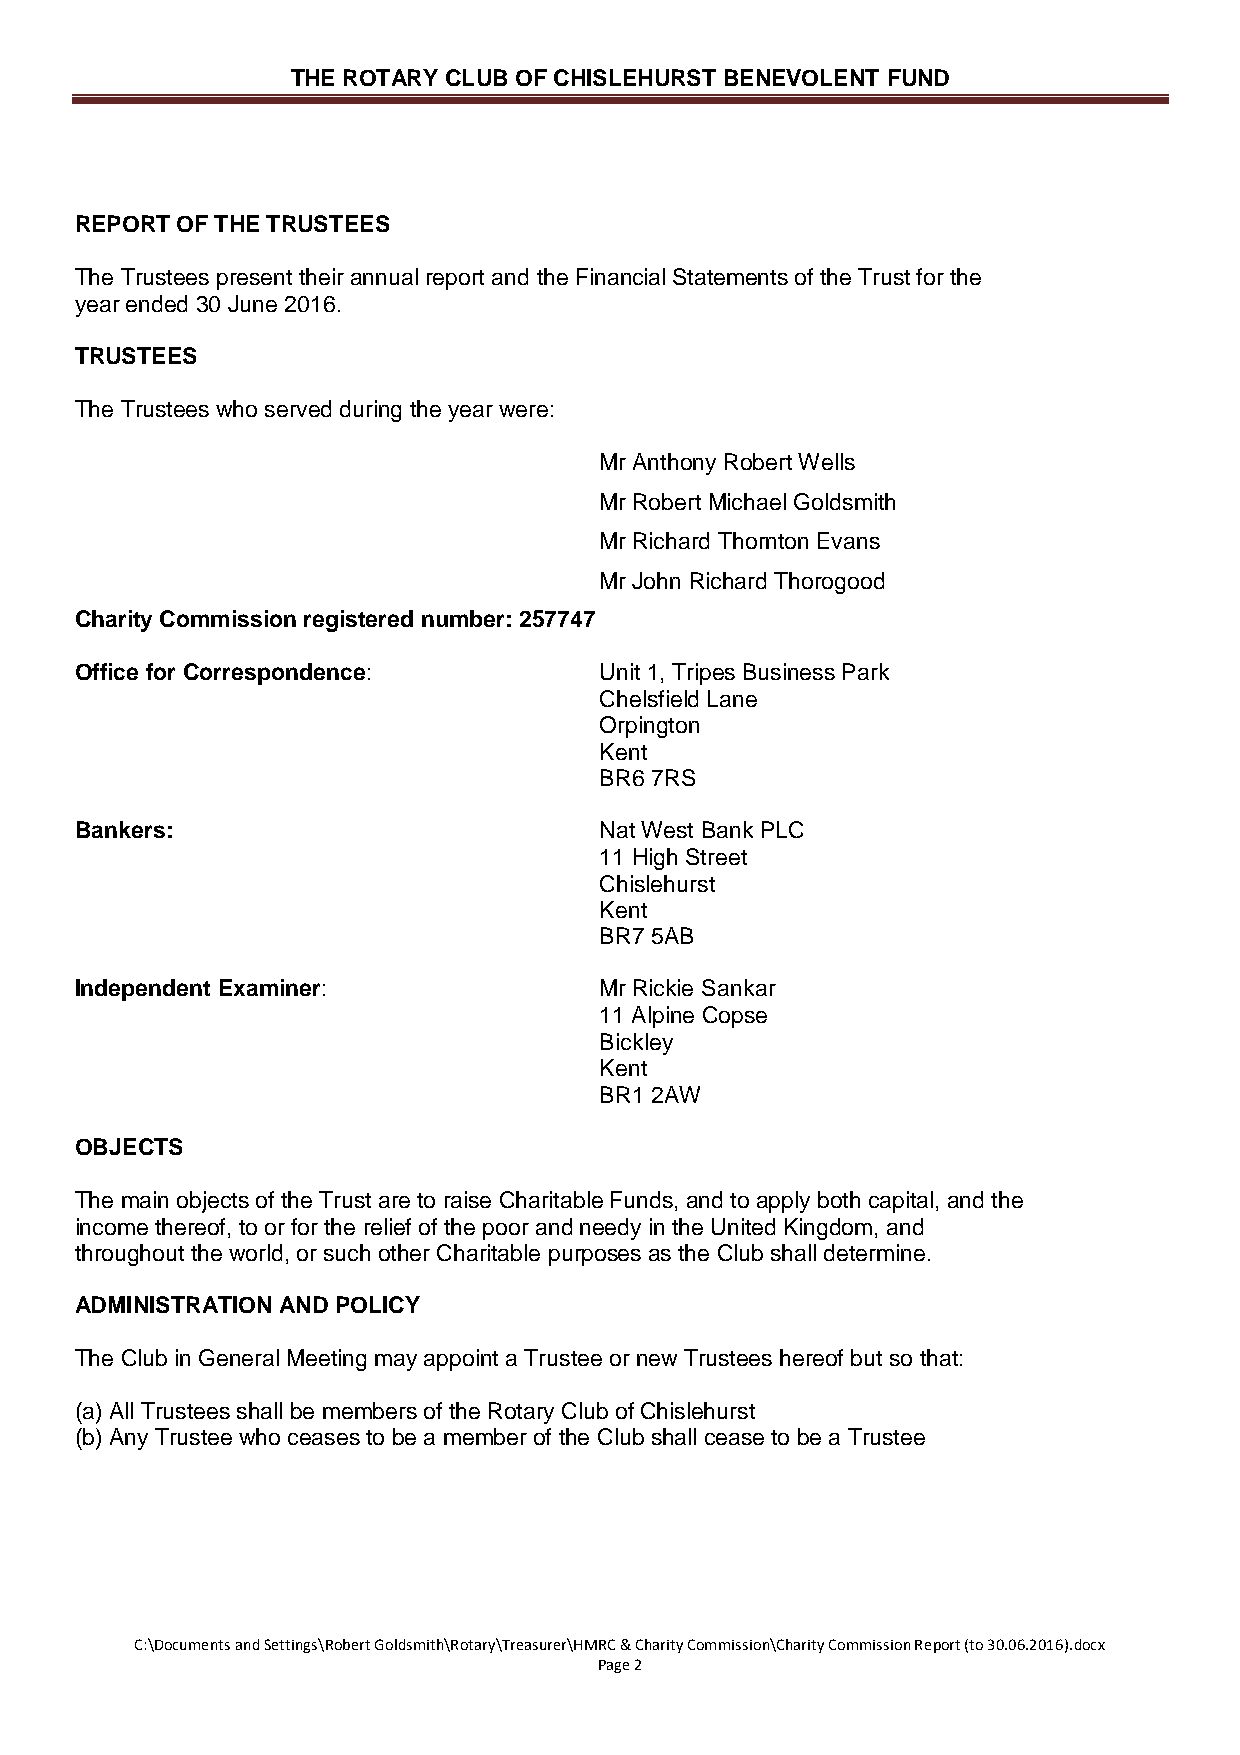
THE ROTARY CLUB OF CHISLEHURST BENEVOLENT FUND
 REPORT OF THE TRUSTEES
 The Trustees present their annual report and the Financial Statements of the Trust for the
 year ended 30 June 2016.
 TRUSTEES
 The Trustees who served during the year were:
 Mr Anthony Robert Wells
 Mr Robert Michael Goldsmith
 Mr Richard Thornton Evans
 Mr John Richard Thorogood
 Charity Commission registered number: 257747
 Office for Correspondence:         Unit 1, Tripes Business Park
 Chelsfield Lane
 Orpington
 Kent
 BR6 7RS
 Bankers:                           Nat West Bank PLC
 11 High Street
 Chislehurst
 Kent
 BR7 5AB
 Independent Examiner:              Mr Rickie Sankar
 11 Alpine Copse
 Bickley
 Kent
 BR1 2AW
 OBJECTS
 The main objects of the Trust are to raise Charitable Funds, and to apply both capital, and the
 income thereof, to or for the relief of the poor and needy in the United Kingdom, and
 throughout the world, or such other Charitable purposes as the Club shall determine.
 ADMINISTRATION AND POLICY
 The Club in General Meeting may appoint a Trustee or new Trustees hereof but so that:
 (a) All Trustees shall be members of the Rotary Club of Chislehurst
 (b) Any Trustee who ceases to be a member of the Club shall cease to be a Trustee
 C:\Documents and Settings\Robert Goldsmith\Rotary\Treasurer\HMRC & Charity Commission\Charity Commission Report (to 30.06.2016).docx
 Page 2